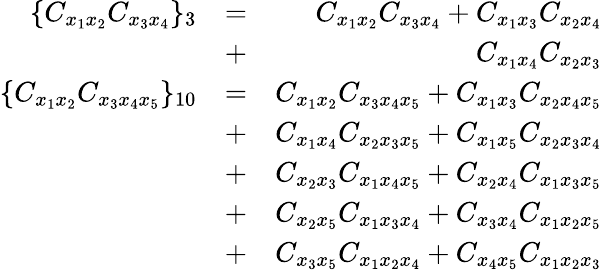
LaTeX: \begin{array}{rlr}{\lbrace C_{x_{1}x_{2}}C_{x_{3}x_{4}}\rbrace_{3}}&{=}&{C_{x_{1}x_{2}}C_{x_{3}x_{4}}+C_{x_{1}x_{3}}C_{x_{2}x_{4}}}\\ &{+}&{C_{x_{1}x_{4}}C_{x_{2}x_{3}}}\\ {\lbrace C_{x_{1}x_{2}}C_{x_{3}x_{4}x_{5}}\rbrace_{10}}&{=}&{C_{x_{1}x_{2}}C_{x_{3}x_{4}x_{5}}+C_{x_{1}x_{3}}C_{x_{2}x_{4}x_{5}}}\\ &{+}&{C_{x_{1}x_{4}}C_{x_{2}x_{3}x_{5}}+C_{x_{1}x_{5}}C_{x_{2}x_{3}x_{4}}}\\ &{+}&{C_{x_{2}x_{3}}C_{x_{1}x_{4}x_{5}}+C_{x_{2}x_{4}}C_{x_{1}x_{3}x_{5}}}\\ &{+}&{C_{x_{2}x_{5}}C_{x_{1}x_{3}x_{4}}+C_{x_{3}x_{4}}C_{x_{1}x_{2}x_{5}}}\\ &{+}&{C_{x_{3}x_{5}}C_{x_{1}x_{2}x_{4}}+C_{x_{4}x_{5}}C_{x_{1}x_{2}x_{3}}}\end{array}